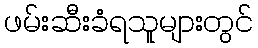
ဖမ်းဆီးခံရသူများတွင်